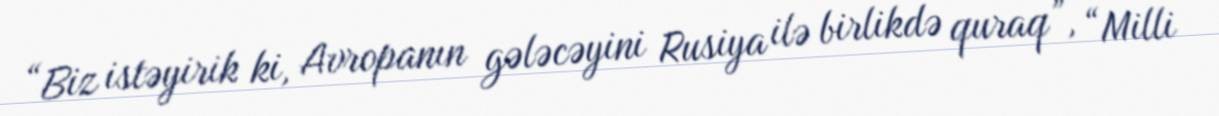
“Biz istəyirik ki, Avropanın gələcəyini Rusiya ilə birlikdə quraq”, “Milli